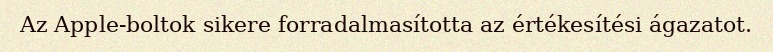
Az Apple-boltok sikere forradalmasította az értékesítési ágazatot.